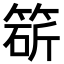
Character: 𥯩